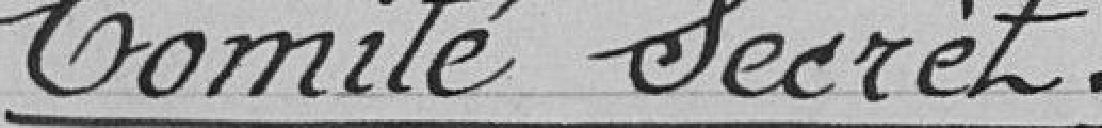
Comité secret